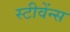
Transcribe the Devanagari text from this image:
स्टीवेंन्स